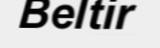
Beltir